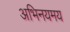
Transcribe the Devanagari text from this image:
अभिनयमय